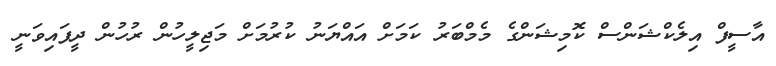
އާސީފް އިލެކްޝަންސް ކޮމިޝަންގެ މެމްބަރު ކަމަށް އައްޔަނު ކުރުމަށް މަޖިލީހުން ރުހުން ދީފައިވަނީ